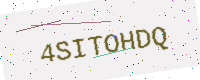
Text: 4SITOHDQ